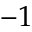
- 1